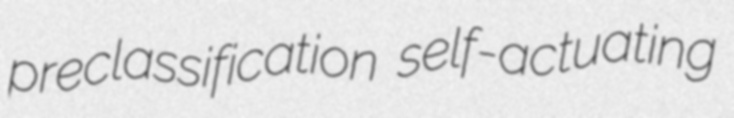
preclassification self-actuating